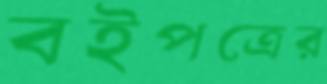
বইপত্রের